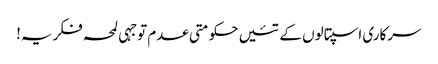
سرکاری اسپتالوں کے تئیں حکومتی عدم توجہی لمحہ فکریہ!